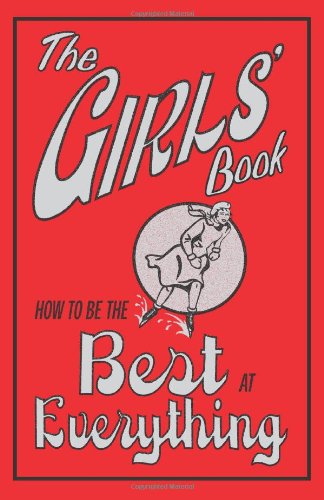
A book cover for The Girls' Book: How to Be the Best at Everything; Juliana Foster; Children's Books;